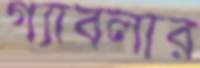
গ্যাবলার